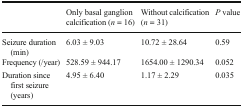
<table><thead><tr><td></td><td><b>Only basal ganglion calcification (<i>n</i> = 16)</b></td><td><b>Without calcification (<i>n</i> = 31)</b></td><td><b><i>P</i> value</b></td></tr></thead><tbody><tr><td>Seizure duration (min)</td><td>6.03 ± 9.03</td><td>10.72 ± 28.64</td><td>0.59</td></tr><tr><td>Frequency (/year)</td><td>528.59 ± 944.17</td><td>1654.00 ± 1290.34</td><td>0.052</td></tr><tr><td>Duration since first seizure (years)</td><td>4.95 ± 6.40</td><td>1.17 ± 2.29</td><td>0.035</td></tr></tbody></table>